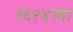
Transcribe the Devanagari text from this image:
१६९४ला